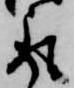
取